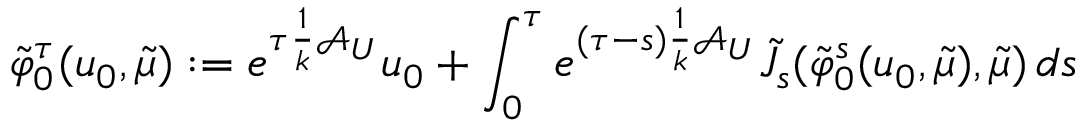
\tilde { \varphi } _ { 0 } ^ { \tau } ( u _ { 0 } , \tilde { \mu } ) : = e ^ { \tau \frac { 1 } { k } \mathcal { A } _ { U } } u _ { 0 } + \int _ { 0 } ^ { \tau } e ^ { ( \tau - s ) \frac { 1 } { k } \mathcal { A } _ { U } } \tilde { J } _ { s } ( \tilde { \varphi } _ { 0 } ^ { s } ( u _ { 0 } , \tilde { \mu } ) , \tilde { \mu } ) \, d s